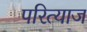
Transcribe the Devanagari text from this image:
परित्याज